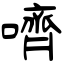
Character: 嚌